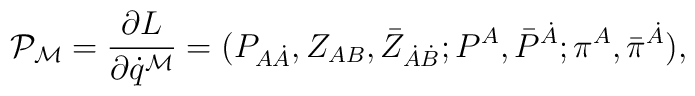
{\cal P}_{{\cal M}} = { \partial L \over \partial \dot{q}^{{\cal M}} }= (P_{A\dot{A}}, Z_{AB},\bar{Z}_{\dot{A}\dot{B}};  P^A, \bar{P}^{\dot{A}};\pi^{A}, \bar{\pi}^{\dot{A}}) ,